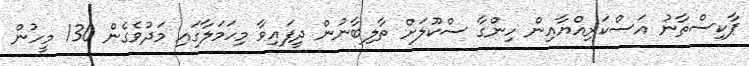
ޕާކިސްތާނު އަސްކަރިއްޔާއިން ހިންގާ ސްކޫލަށް ތާލިބާނުން ދީފައިވާ މިހަަމަލާގައި މަދުވެގެން 130 މީހުން